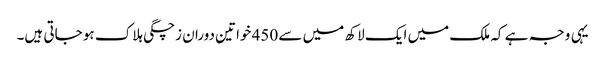
یہی وجہ ہے کہ ملک میں ایک لاکھ میں سے 450 خواتین دوران زچگی ہلاک ہو جاتی ہیں۔